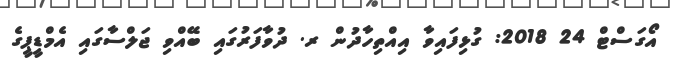
އޯގަސްޓް 24 2018: ގުޅިފައިވާ އިއްތިހާދުން ރ. ދުވާފަރުގައި ބޭއްވި ޖަލްސާގައި އެމްޑީޕީގެ